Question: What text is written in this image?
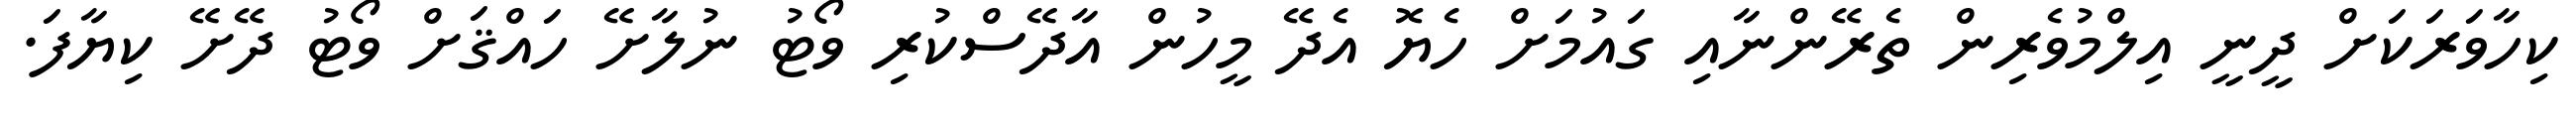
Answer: ކިހާވަރަކަށް ދީނީ އިލްމުވެރިން ތެރޭންނާއި ގައުމަށް ހެޔޮ އެދޭ މީހުން އާދޭސްކުރި ވޯޓު ނުލާށޭ ހައްޤަށް ވޯޓު ދޭށޭ ކިޔާފަ.